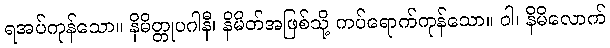
ရအပ်ကုန်သော။ နိမိတ္တုပဂါနီ၊ နိမိတ်အဖြစ်သို့ ကပ်ရောက်ကုန်သော။ ဝါ၊ နိမိလောက်